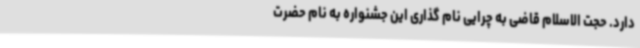
دارد. حجت الاسلام قاضی به چرایی نام گذاری این جشنواره به نام حضرت